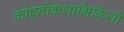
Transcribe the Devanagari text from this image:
कोएनोकशाभिकियों